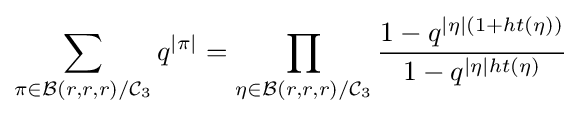
\sum _{\pi \in {\mathcal {B}}(r,r,r)/{\mathcal {C}}_{3}}q^{|\pi |}=\prod _{\eta \in {\mathcal {B}}(r,r,r)/{\mathcal {C}}_{3}}{\frac {1-q^{|\eta |(1+ht(\eta ))}}{1-q^{|\eta |ht(\eta )}}}